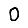
Digit: 0